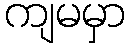
ကျမမှာ